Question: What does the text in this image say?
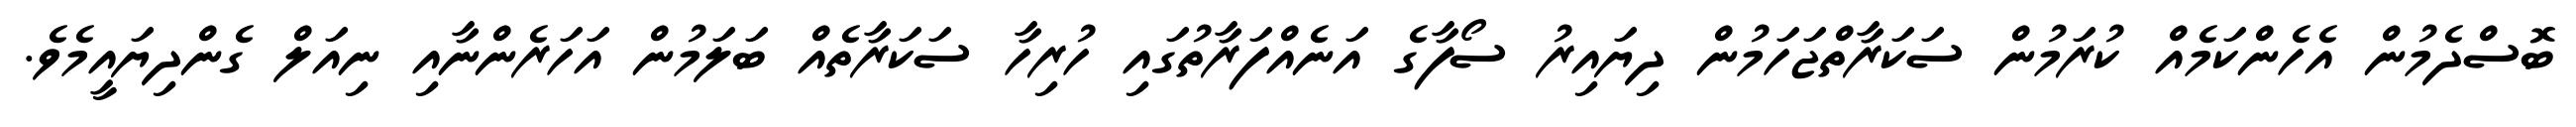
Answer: ބޮސްދެމުން އެހެންކަމެއް ކުރަމުން ސަކަރާތްޖަހަމުން ދިޔައިރު ސޯފާގެ އަނެއްފަރާތުގައި ހުރިހާ ސަކަރާތެއް ބަލަމުން އަހަރެންނާއި ނިއަލް ގެންދިޔައީމެވެ.